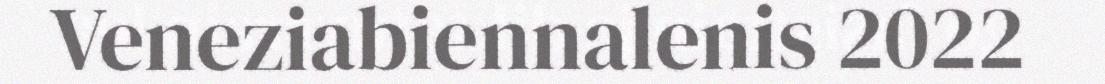
Veneziabiennalenis 2022